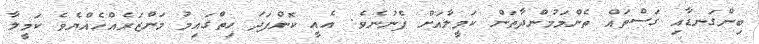
ބިންގަނޑާއި ގަސްތައް ތެންމަމުންދާތަން ކަމީލާއަށް ފެނުނެވެ. އެއީ ކޮންފަދަ ހިތްގައިމު މަންޒަރެއްހެއްޔެވެ ކަމީލާ